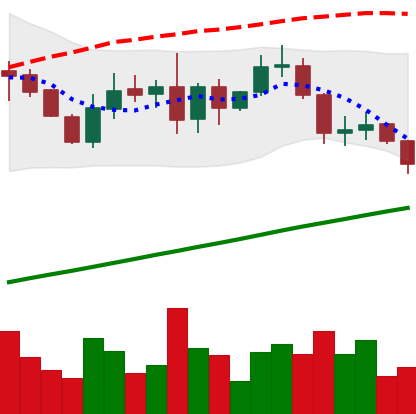
Ticker: LINK-USD
Chart end date: 2019-08-25
Forward return: -13.366%
Label: down_7plus